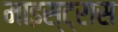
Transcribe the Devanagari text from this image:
माइस्ट्रास